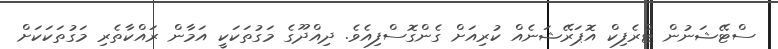
ސްޓޭޝަނުން ޓްރެފިކް އޮޕަރޭޝަނެއް ކުރިއަށް ގެންގޮސްފިއެވެ. ދިއްދޫގެ މަގުތަކަކީ އަމާން ރައްކާތެރި މަގުތަކަކަށް